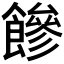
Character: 𩞀